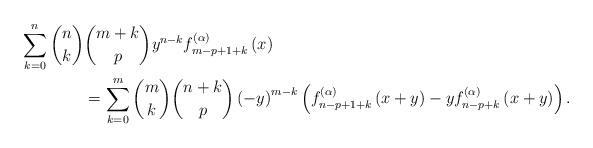
LaTeX: \begin{align*}\sum_{k=0}^{n}\binom{n}{k}&\dbinom{m+k}{p}y^{n-k}f_{m-p+1+k}^{\left(\alpha \right) }\left( x\right)\\ & =\sum_{k=0}^{m}\binom{m}{k}\dbinom{n+k}{p}\left( -y\right) ^{m-k}\left(f_{n-p+1+k}^{\left( \alpha \right) }\left( x+y\right) -yf_{n-p+k}^{\left( \alpha \right) }\left( x+y\right)\right).\end{align*}